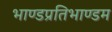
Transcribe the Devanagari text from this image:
भाण्डप्रतिभाण्डम